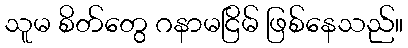
သူမ စိတ်တွေ ဂနာမငြိမ် ဖြစ်နေသည်။